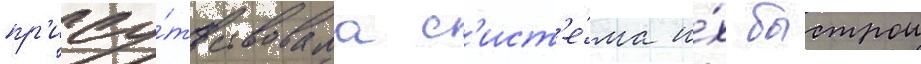
пр'ису́тствовала с'ист'е́ма и́х быстрои